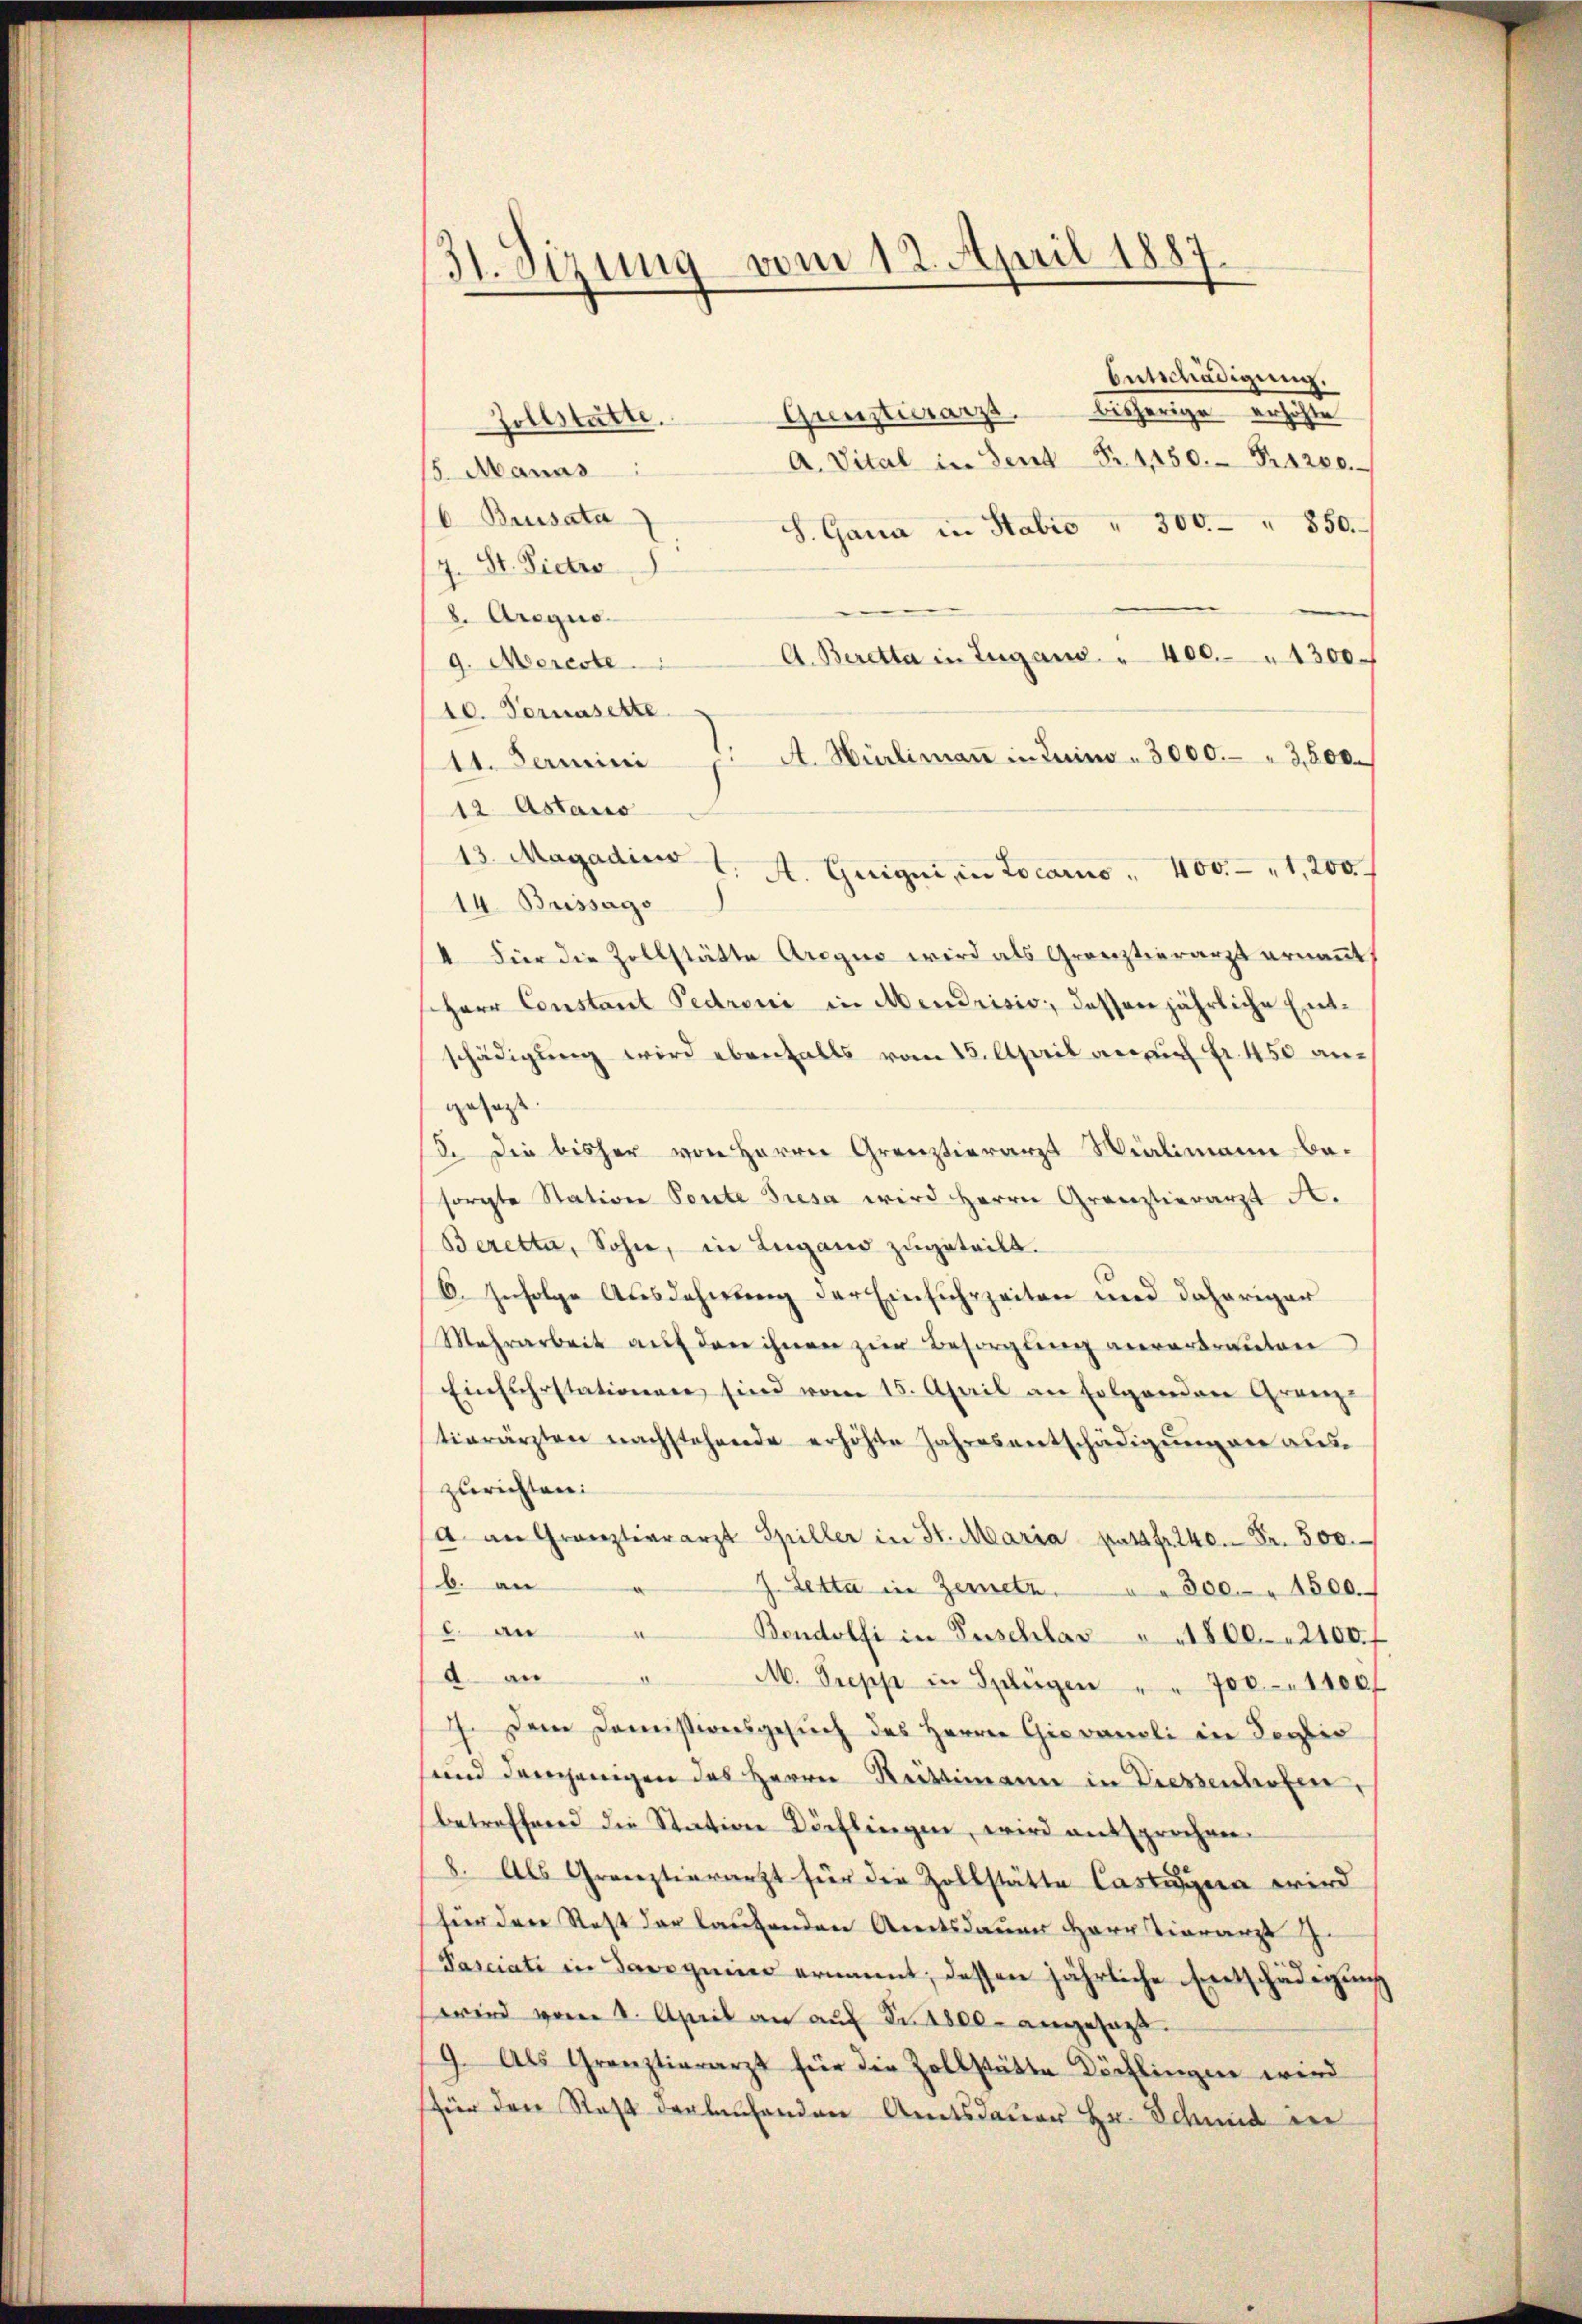
31. Sizung vom 12. April 1887

Entschädigung.
Gunsterarzt bisherige erhöhte
Zollstätte.
A. Vital in Sent Fr. 1450. Fr. 4200.
15. Manas
6. Brisata
S. Gana in Stabro " 300.- " 850.
7. St. Pietro
8. Arequo
A. Beretta in Zugano. " 400. " 1300
g. Mereste
10. Vernasette
 A. Hürlimaṅ in Luino - 3000. " 3,600.
11. Fermini
12 Astaus
13. Magadius 1. A. Geigni in Locarno " 400.- "1,200
14. Brissago
4 Fier die Zollstätte Aregno wird als Grenztierarzt ernannt,
Herr Constant Pedroni in Mendrisis, dessen jährliche Entschädigŭng wird ebenfalls vom 15. April an Fr. 450 angesagt
8. Die bisher von Herrn Grenztierarzt Wialimann besorgte Station Ponte Gresa wird Herrn Grenztierarzt A.
Beretta, Sohn, in Lugano zugeteilt.
6. Infolge Ausdehnung der Einfuhrzeiten und daheriger
Mehrarbeit aŭf den ihnen zŭr Besorgŭng anvertrauten
Einfuhrstationen sind vom 15. April an Folgenden Granz-
tierärzten nachstehende erhöhte Jahresentschädigŭng an aŭs-
zurichten:
a an Gränztierarzt Spiller in St. Maria pas fr. 240. Fr. 500.
b. an
J Setta in Zemetz. " " 300 " 1500.
2. an
A
Bondolfi in Zuschlas " " 1800. 2100.
a. an
M. Supp in Splügen " " 700. 1100
7. Dem Domissiversgesŭch des Herren Giovaneli in dortio
und demjenigen des Herrn Rüttimann in Diessenhofen,
betreffend die Station Dörflingen, wird entsprochen.
8. Als Grenztierarzt für die Zollstätte Castigen wird
(für den Rest der laufenden Amtsdauer Herr Tierarzt J.
Pasciati in Savignie ernannt; dessen jährliche Entschädigung
wird vom 1. April an aŭf Fr. 4800. angesagt.
9. Als Grenztierarzt für die Zollstätte Dörflingen wird
für den Statt verlaufenden Amtsdauer Hr. Schend in